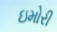
ઇમોરી